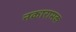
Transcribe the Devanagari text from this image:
नकारामक